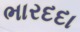
ભારદદા